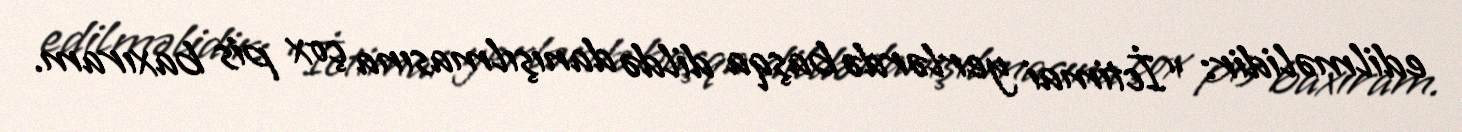
edilməlidir: “İctimai yerlərdə başqa dildə danışılmasına çox pis baxıram.